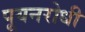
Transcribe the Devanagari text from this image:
पूयनरोधी